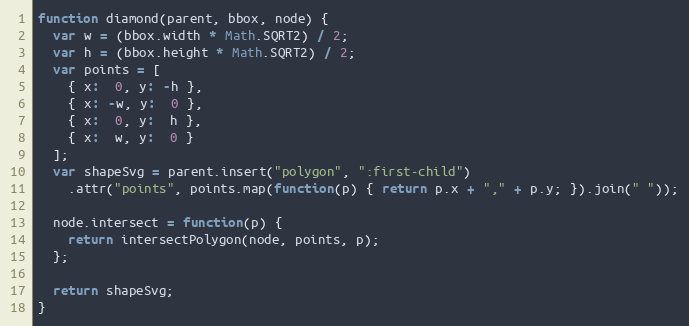
Language: JavaScript
function diamond(parent, bbox, node) {
  var w = (bbox.width * Math.SQRT2) / 2;
  var h = (bbox.height * Math.SQRT2) / 2;
  var points = [
    { x:  0, y: -h },
    { x: -w, y:  0 },
    { x:  0, y:  h },
    { x:  w, y:  0 }
  ];
  var shapeSvg = parent.insert("polygon", ":first-child")
    .attr("points", points.map(function(p) { return p.x + "," + p.y; }).join(" "));

  node.intersect = function(p) {
    return intersectPolygon(node, points, p);
  };

  return shapeSvg;
}